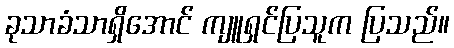
ခုသာခံသာရှိအောင် ကျူရှင်ပြသူက ပြသည်။